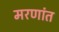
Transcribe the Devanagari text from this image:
मरणांत